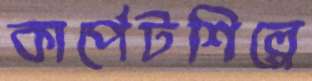
কার্পেটশিল্পে